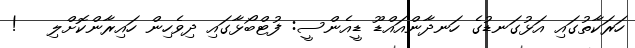
ހަރަކާތުގައި އަޅުގަނޑުގެ ހަނދާންއައްޑޫ ޑީއެންސީ: ފުޓްބޯޅާގައި ދިވެހިން ހައިރާންކޮށްލި   !